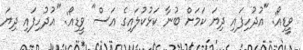
ވީޑިއޯ: "އުދުހިފައި ދިޔަ ކަމަށް ބުނާ ކަޅުކުލައިގެ އަސް" ވީޑިއޯ: "އުދުހިފައި ދިޔަ